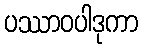
ပဿာဝပါဒုကာ